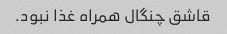
قاشق چنگال همراه غذا نبود.